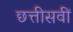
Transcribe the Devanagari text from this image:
छत्तीसवीं